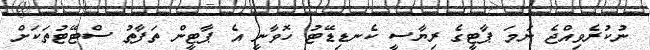
ނުކުރެވިއްޖެ ނަމަ ޕާޓީގެ ރިޔާސީ ކެނޑިޑޭޓު ހޮވާނީ އެ ޕާޓީން ތަފާތު ސްޓޭޓުތަކަށް